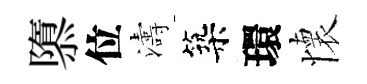
隳位濤築環懷